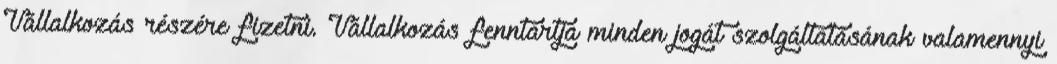
Vállalkozás részére fizetni. Vállalkozás fenntartja minden jogát szolgáltatásának valamennyi